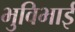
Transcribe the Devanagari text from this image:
भुविभाई